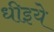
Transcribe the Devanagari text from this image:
धीइये